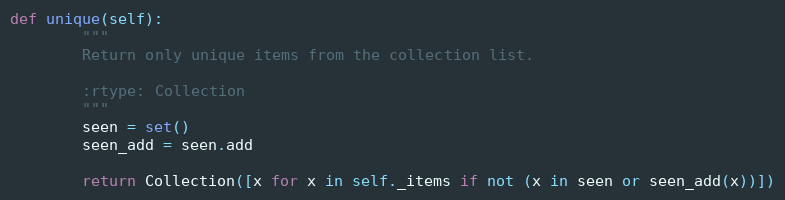
Language: Python
def unique(self):
        """
        Return only unique items from the collection list.

        :rtype: Collection
        """
        seen = set()
        seen_add = seen.add

        return Collection([x for x in self._items if not (x in seen or seen_add(x))])